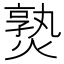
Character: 𤍨